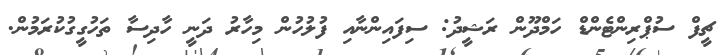
ޗީފް ސުޕްރިންޓެންޑް ހަމްދޫން ރަޝީދު: ސިފައިންނާއި ފުލުހުން މިހާރު ދަނީ ހާދިސާ ތަހުގީގުކުރަމުން.